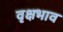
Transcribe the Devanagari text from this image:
वृक्षभाव